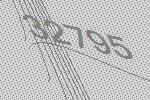
32795